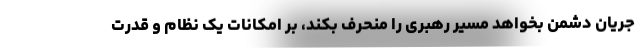
جریان دشمن بخواهد مسیر رهبری را منحرف بکند، بر امکانات یک نظام و قدرت